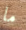
ما